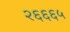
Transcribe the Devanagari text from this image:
२६६६५